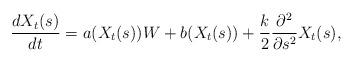
LaTeX: \begin{align*}\frac{dX_t(s)}{dt}=a(X_t(s))W+b(X_t(s))+\frac{k}{2}\frac{\partial^2}{\partial s^2}X_t(s),\end{align*}